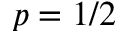
p = 1 / 2